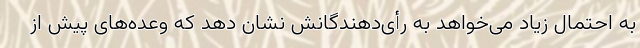
به احتمال زیاد می‌خواهد به رأی‌دهندگانش نشان دهد که وعده‌های پیش از